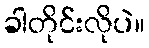
ခါတိုင်းလိုပဲ။